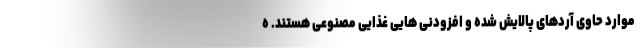
موارد حاوی آردهای پالایش شده و افزودنی هایی غذایی مصنوعی هستند. ه